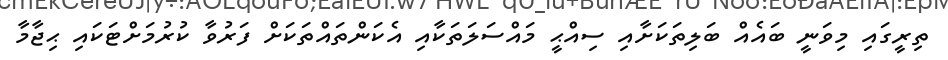
ތިރީގައި މިވަނީ ބައެއް ބަލިތަކަށާއި ސިއްޙީ މައްސަލަތަކާއި އެކަންތައްތަކަށް ފަރުވާ ކުރުމަށްޓަކައި ޙިޖާމާ